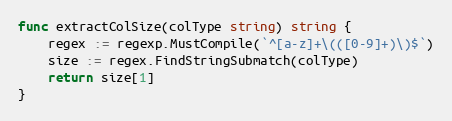
Language: Go
func extractColSize(colType string) string {
	regex := regexp.MustCompile(`^[a-z]+\(([0-9]+)\)$`)
	size := regex.FindStringSubmatch(colType)
	return size[1]
}